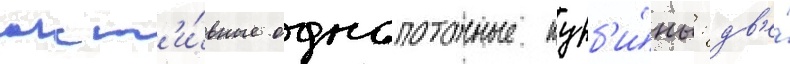
акт'и́вные однопоточные турб'и́ны: дв'е́